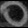
Digit: ၀